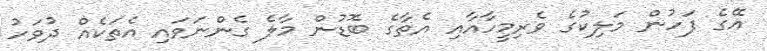
އޭގެ ފަހުން މަލިކުގެ ވެރިމީހާއާއި އެތާގެ ބޮޑުން މާލެ ގެންނަވައި އެތަކެއް ދުވަހު